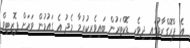
އެ ޕްރޮގްރާމުގައި ދިވެހި ޑޮކްޓަރުން ބައިވެރިކުރުމާ މެދު އެ ގައުމުން ވަރަށް ޕޮޒިޓިވް